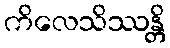
ကိလေသိဿန္တိ